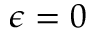
\epsilon = 0